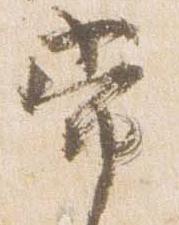
常